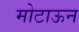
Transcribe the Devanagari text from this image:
मोटाऊन